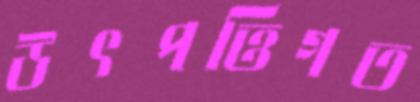
উৎপত্তিগত